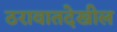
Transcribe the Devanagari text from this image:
ठरावातदेखील